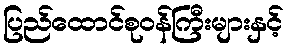
ပြည်ထောင်စုဝန်ကြီးများနှင့်